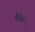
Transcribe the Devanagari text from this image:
कैरेस